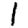
Digit: 1